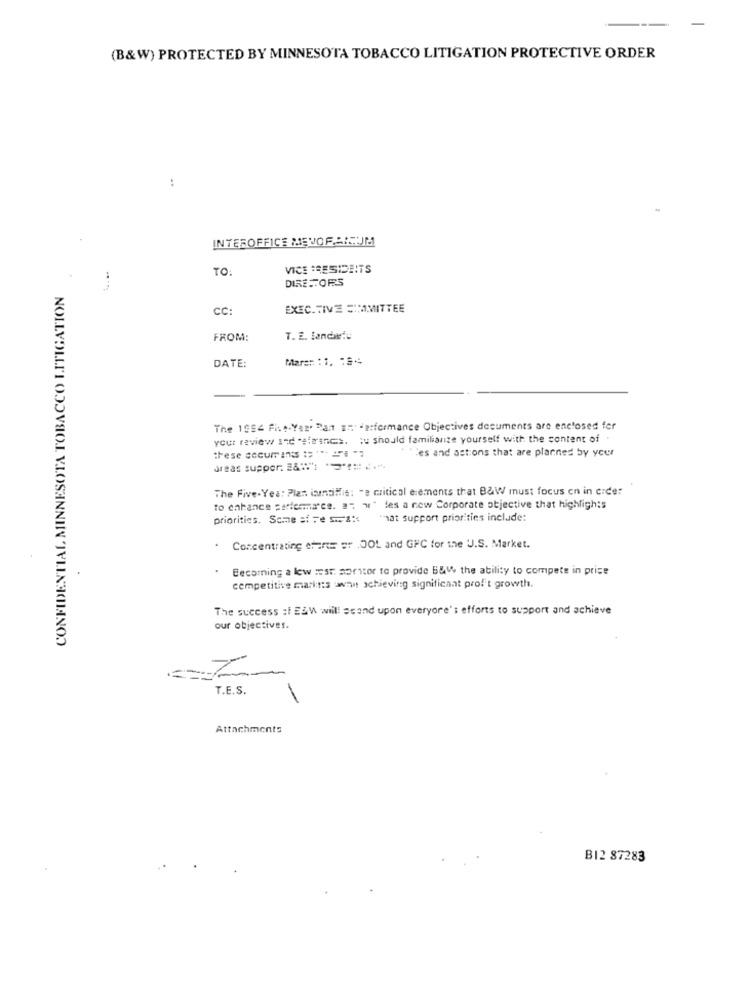
(B&W) PROTECTED BY MINNESOTA TOBACCO LITIGATION PROTECTIVE ORDER
..
INTEROFFICE MEJORARSJM
TO:
VICE PRESIDENTS
DIRETORES
CONFIDENTIAL MINNESOTA TOBACCO LITIGATION
CC
EXEC.TIVE CHMITTEE
FROM:
T. E. landartu
Mar ::: : 1. : 54
DATE:
The 1994 Five-Yer. Pant EH de:formance Objectives documents are enclosed fer
your review Ind "sfrancs. ; u should familiarize yourself with the content of .
these securranss := "" "" ""
ti"les and astions that are planned by your
areas supper, &"1 "" != 2.
The Five-Yea: Plant isuntilit: "e critical elements that BaW must focus en in cider
to enhance serfermares. a. w' les a new Corporate objective that highlights
priorities. Samme af Fe -2
"hat support priorities include:
.
Concentrating chine sr DOL and GPC for the U.S. Market.
Becoming a lew rest. somitor to provide B&W the ability to compete in price
competitive marins :what achieving significant profit growth.
The success :1 E&W will! stand upon everyone's efforts to support and achieve
our objectives.
T.E.S.
1
Attachments
B12 87283